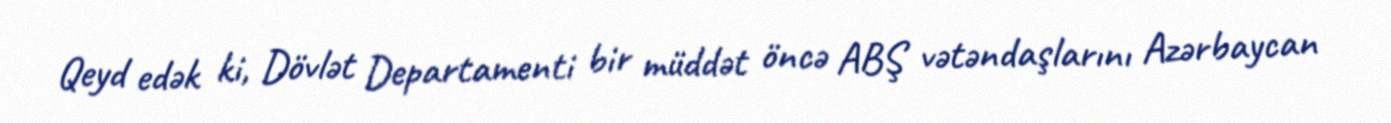
Qeyd edək ki, Dövlət Departamenti bir müddət öncə ABŞ vətəndaşlarını Azərbaycan